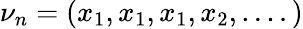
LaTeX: \nu_{n}=(x_{1},x_{1},x_{1},x_{2},....)